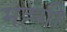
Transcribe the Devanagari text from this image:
मह्गी